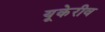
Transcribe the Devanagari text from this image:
यूकेरीव